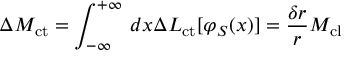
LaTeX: \Delta M _ { \mathrm { c t } } = \int _ { - \infty } ^ { + \infty } \, d x \Delta { \cal L } _ { \mathrm { c t } } [ \varphi _ { S } ( x ) ] = \frac { \delta r } { r } M _ { \mathrm { c l } }